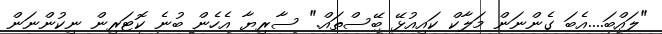
"ލައްބަ....އެބަ ގެންނަން މަލާކް ކައިއުޅޭ ބޭސްތައް." ސާރިޔާ އެހެން ބުނެ ކޮޓަރިން ނިކުންނަން